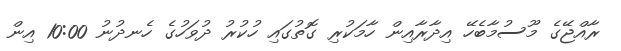
ރާއްޖޭގެ މޫސުމާބެހޭ އިދާރާއިން ހާމަކުރި ގޮތުގައި ހުކުރު ދުވަހުގެ ހެނދުނު 10:00 އިން